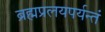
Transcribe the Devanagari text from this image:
ब्रह्मप्रलयपर्यन्तं